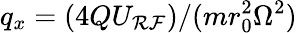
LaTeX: q_{x}=(4QU_{\mathcal{R}\mathcal{F}})/(mr_{0}^{2}\Omega^{2})